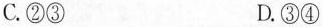
C.②③ D.③④